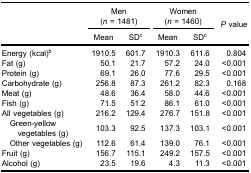
| <ROWSPAN=3>  | <COLSPAN=2> Men (n = 1481) | <COLSPAN=2> Women (n = 1460) | <ROWSPAN=3> P value |
 | Mean | SDc | Mean | SDc |
 | --- | --- | --- | --- | --- | --- |
 | Energy (kcal)b | 1910.5 | 601.7 | 1910.3 | 611.6 | 0.804 |
 | Fat (g) | 50.1 | 21.7 | 57.2 | 24.0 | <0.001 |
 | Protein (g) | 69.1 | 26.0 | 77.6 | 29.5 | <0.001 |
 | Carbohydrate (g) | 256.8 | 87.3 | 261.2 | 82.3 | 0.168 |
 | Meat (g) | 48.6 | 36.4 | 58.0 | 44.6 | <0.001 |
 | Fish (g) | 71.5 | 51.2 | 86.1 | 61.0 | <0.001 |
 | All vegetables (g) | 216.2 | 129.4 | 276.7 | 151.8 | <0.001 |
 | ​ Green-yellow ​vegetables (g) | 103.3 | 92.5 | 137.3 | 103.1 | <0.001 |
 | ​ Other vegetables (g) | 112.6 | 61.4 | 139.0 | 76.1 | <0.001 |
 | Fruit (g) | 156.7 | 115.1 | 249.2 | 157.5 | <0.001 |
 | Alcohol (g) | 23.5 | 19.6 | 4.3 | 11.3 | <0.001 |